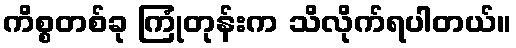
ကိစ္စတစ်ခု ကြုံတုန်းက သိလိုက်ရပါတယ်။